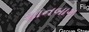
શાનબાગ